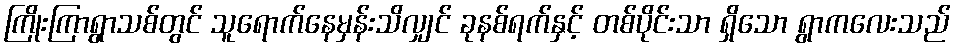
ကြိုးကြာရွာသစ်တွင် သူရောက်နေမှန်းသိလျှင် ခုနစ်ရက်နှင့် တစ်ပိုင်းသာ ရှိသော ရွာကလေးသည်